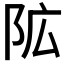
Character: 𮤾